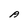
Character: A